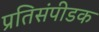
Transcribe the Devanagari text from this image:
प्रतिसंपीडक